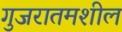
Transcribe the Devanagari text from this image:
गुजरातमशील